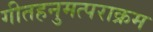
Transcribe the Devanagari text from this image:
गीतहनुमत्पराक्रम